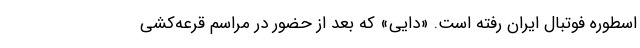
اسطوره فوتبال ایران رفته است. «دایی» که بعد از حضور در مراسم قرعه‌کشی